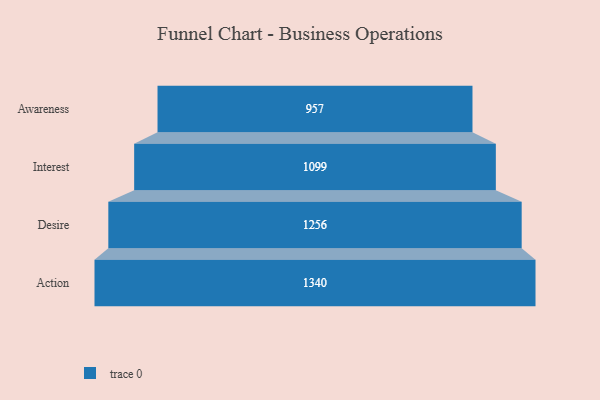
{"axis": {"x": "Stage", "y": "Value"}, "legend": [""], "data": [{"x": "Awareness", "y": 957.0, "type": ""}, {"x": "Interest", "y": 1099.0, "type": ""}, {"x": "Desire", "y": 1256.0, "type": ""}, {"x": "Action", "y": 1340.0, "type": ""}]}